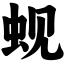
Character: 蚬